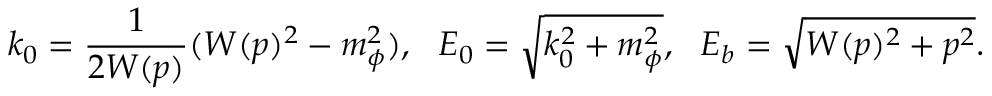
k _ { 0 } = \frac { 1 } { 2 W ( p ) } ( W ( p ) ^ { 2 } - m _ { \phi } ^ { 2 } ) , ~ ~ E _ { 0 } = \sqrt { k _ { 0 } ^ { 2 } + m _ { \phi } ^ { 2 } } , ~ ~ E _ { b } = \sqrt { W ( p ) ^ { 2 } + p ^ { 2 } } .